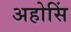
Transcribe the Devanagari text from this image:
अहोसिं